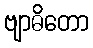
ဗျာဓိတော